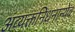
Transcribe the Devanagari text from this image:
अव्यक्तनिधनान्येव